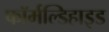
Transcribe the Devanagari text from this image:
फॉर्मल्डिहाइड